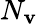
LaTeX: N_{\mathbf{v}}